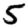
Digit: 5